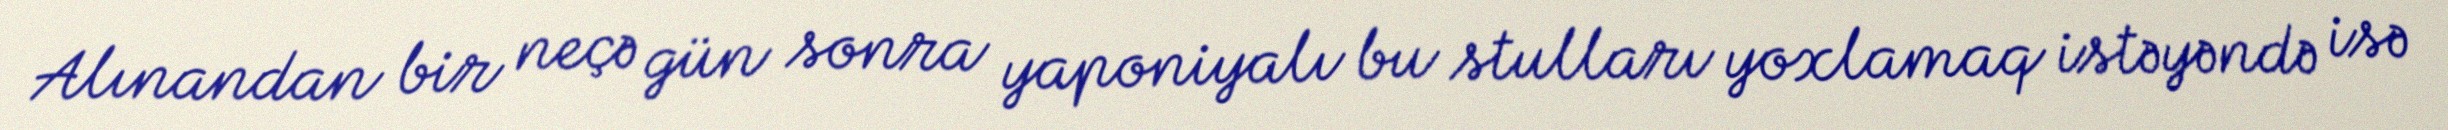
Alınandan bir neçə gün sonra yaponiyalı bu stulları yoxlamaq istəyəndə isə